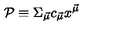
{ \cal P } \equiv \Sigma _ { \vec { \mu } } c _ { \vec { \mu } } x ^ { \vec { \mu } }